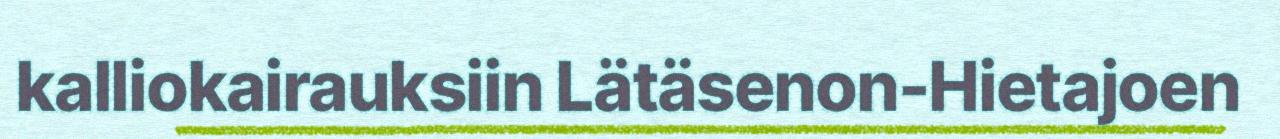
kalliokairauksiin Lätäsenon-Hietajoen